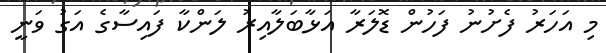
މި އަހަރު ފެށުނު ފަހުން ޑޮލަރާ އަޅާބަލާއިރު ލަންކާ ފައިސާގެ އަގު ވަނީ